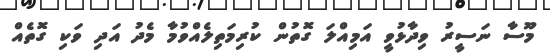
މޫސާ ނަސީރު ވިދާޅުވީ އަމިއްލަ ގޮތުން ކުރިމަތިލެއްވުމާ މެދު އަދި ވަކި ގޮތެއް